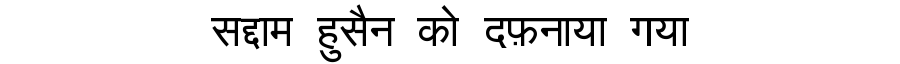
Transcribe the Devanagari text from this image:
सद्दाम हुसैन को दफ़नाया गया